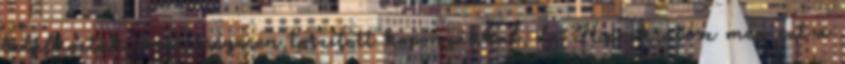
találkoztak mesterségesen torzított koponyákkal, de Hippokratész még ezt a